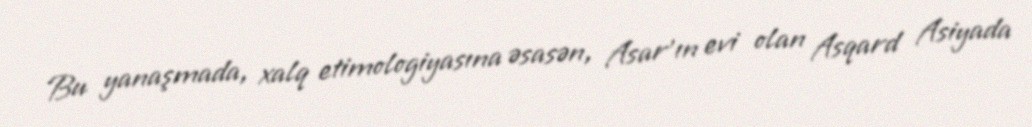
Bu yanaşmada, xalq etimologiyasına əsasən, Asar'ın evi olan Asqard Asiyada